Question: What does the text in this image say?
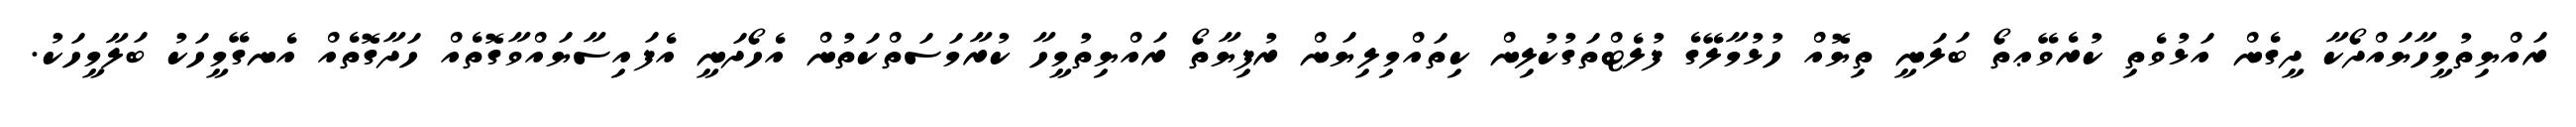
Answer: ރައްޔިތުމީހާޔައްދޯކާ ދީގެން އަޅުވެތި ކުރެވޭޢތޯ ބަލަނީ ތިޔޮއް ހުޅުމާލޭގެ ފުލެޓްތަގުކުލިން ކިތައްމިލިޔަން ރުފިޔާތޯ ރައްޔިތުމީހާ ކުރާމަސަތްކަތުން އެހޯދަނީ އެފައިސާޔައްވާގޮތެއް ހަދާގޮތެއް އެނގޭމީހަކު ބަލާމީހަކު.